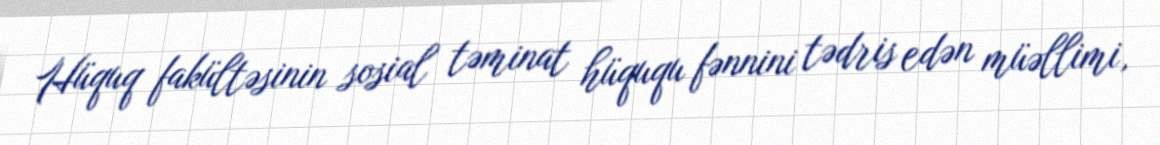
Hüquq fakültəsinin sosial təminat hüququ fənnini tədris edən müəllimi,